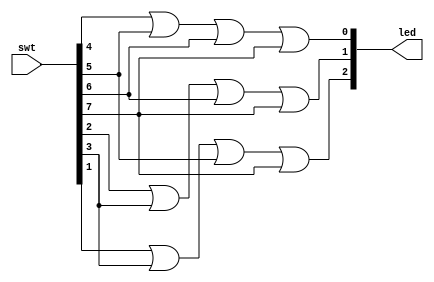
`timescale 1ns / 1ps
//////////////////////////////////////////////////////////////////////////////////
// Company: 
// Engineer: 
// 
// Design Name: 
// Module Name: project_3
// Project Name: 
// Target Devices: 
// Tool Versions: 
// Description: 
// 
// Dependencies: 
// 
// Revision:
// Revision 0.01 - File Created
// Additional Comments:
// 
//////////////////////////////////////////////////////////////////////////////////


module encoder_8_3(
    input [7:0] swt,
    output [2:0] led
    );
    
    assign led[0]=swt[4]|swt[5]|swt[6]|swt[7];
    assign led[1]=swt[2]|swt[3]|swt[6]|swt[7];
    assign led[2]=swt[1]|swt[3]|swt[5]|swt[7];
    
endmodule